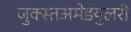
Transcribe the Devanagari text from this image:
जुक्स्तअमेडयुलरी